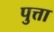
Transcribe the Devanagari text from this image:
पुत्ता